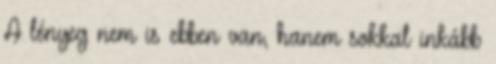
A lényeg nem is ebben van, hanem sokkal inkább